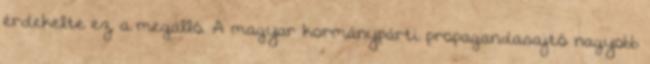
érdekelte ez a megálló. A magyar kormánypárti propagandasajtó nagyobb